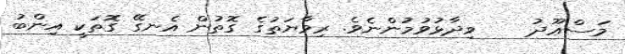
މަސްޢޫދު    ވިދާޅުވުމުންނެވެ. ރިވާޔަތުގެ ގޮތުން އެނގޭ ގޮތަކީ އިންބު